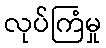
လုပ်ကြံမှု